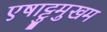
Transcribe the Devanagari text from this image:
एषाट्टुमुखम